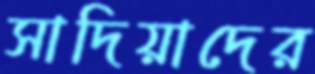
সাদিয়াদের